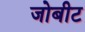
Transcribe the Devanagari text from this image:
जोबीट